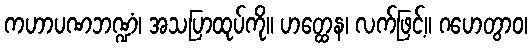
ကဟာပဏဘဏ္ဍံ၊ အသပြာထုပ်ကို။ ဟတ္ထေန၊ လက်ဖြင့်။ ဂဟေတွာဝ၊